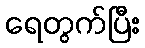
ရေတွက်ပြီး